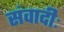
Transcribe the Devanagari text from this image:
संवादीः